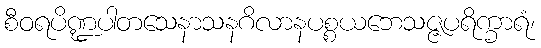
စီဝရပိဏ္ဍပါတသေနာသနဂိလာနပစ္စယဘေသဇ္ဇပရိက္ခာရံ၊